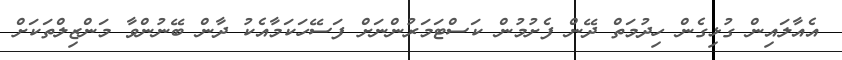
އެއާލައިން ގުޅިގެން ހިދުމަތް ދޭން ފެށުމުން ކަސްޓަމަރުންނަށް ފަސޭހަކަމާއެކު ދާން ބޭނުންވާ މަންޒިލްތަކަށް